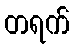
တရက်